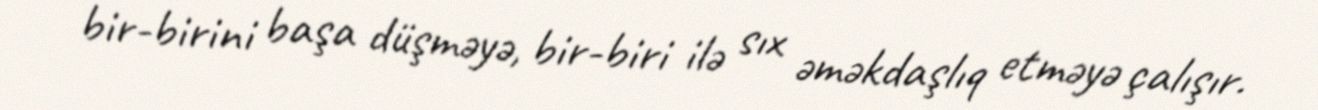
bir-birini başa düşməyə, bir-biri ilə sıx əməkdaşlıq etməyə çalışır.